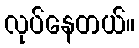
လုပ်နေတယ်။